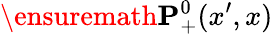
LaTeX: \ensuremath{\mathbf{P}}_{+}^{0}(x^{\prime},x)